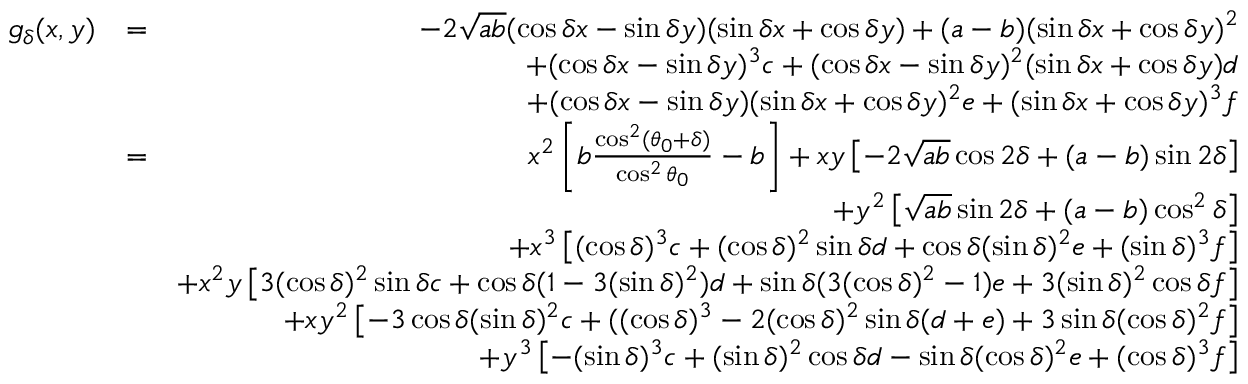
\begin{array} { r l r } { g _ { \delta } ( x , y ) } & { = } & { - 2 \sqrt { a b } ( \cos \delta x - \sin \delta y ) ( \sin \delta x + \cos \delta y ) + ( a - b ) ( \sin \delta x + \cos \delta y ) ^ { 2 } } \\ & { } & { + ( \cos \delta x - \sin \delta y ) ^ { 3 } c + ( \cos \delta x - \sin \delta y ) ^ { 2 } ( \sin \delta x + \cos \delta y ) d } \\ & { } & { + ( \cos \delta x - \sin \delta y ) ( \sin \delta x + \cos \delta y ) ^ { 2 } e + ( \sin \delta x + \cos \delta y ) ^ { 3 } f } \\ & { = } & { x ^ { 2 } \left[ b \frac { \cos ^ { 2 } ( \theta _ { 0 } + \delta ) } { \cos ^ { 2 } \theta _ { 0 } } - b \right] + x y \left[ - 2 \sqrt { a b } \cos 2 \delta + ( a - b ) \sin 2 \delta \right] } \\ & { } & { + y ^ { 2 } \left[ \sqrt { a b } \sin 2 \delta + ( a - b ) \cos ^ { 2 } \delta \right] } \\ & { } & { + x ^ { 3 } \left[ ( \cos \delta ) ^ { 3 } c + ( \cos \delta ) ^ { 2 } \sin \delta d + \cos \delta ( \sin \delta ) ^ { 2 } e + ( \sin \delta ) ^ { 3 } f \right] } \\ & { } & { + x ^ { 2 } y \left[ 3 ( \cos \delta ) ^ { 2 } \sin \delta c + \cos \delta ( 1 - 3 ( \sin \delta ) ^ { 2 } ) d + \sin \delta ( 3 ( \cos \delta ) ^ { 2 } - 1 ) e + 3 ( \sin \delta ) ^ { 2 } \cos \delta f \right] } \\ & { } & { + x y ^ { 2 } \left[ - 3 \cos \delta ( \sin \delta ) ^ { 2 } c + ( ( \cos \delta ) ^ { 3 } - 2 ( \cos \delta ) ^ { 2 } \sin \delta ( d + e ) + 3 \sin \delta ( \cos \delta ) ^ { 2 } f \right] } \\ & { } & { + y ^ { 3 } \left[ - ( \sin \delta ) ^ { 3 } c + ( \sin \delta ) ^ { 2 } \cos \delta d - \sin \delta ( \cos \delta ) ^ { 2 } e + ( \cos \delta ) ^ { 3 } f \right] } \end{array}